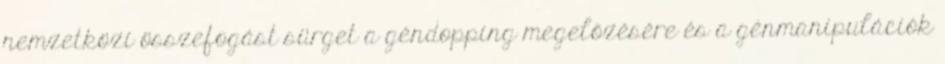
nemzetközi összefogást sürget a géndopping megelőzésére és a génmanipulációk